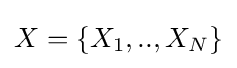
X=\{X_{1},..,X_{N}\}